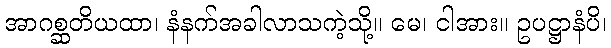
အာဂစ္ဆတိယထာ၊ နံနက်အခါလာသကဲ့သို့။ မေ၊ ငါအား။ ဥပဋ္ဌာနံပိ၊